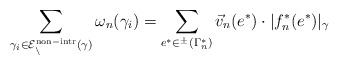
\begin{align*}\sum_{\gamma_i \in \cal E_n^{\rm non-intr}(\gamma)} \omega_n(\gamma_i) = \sum_{e^* \in ^\pm(\Gamma^*_n)} \vec v_n(e^*) \cdot |f^*_n(e^*)|_\gamma\end{align*}